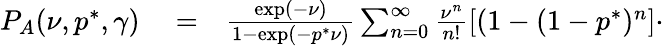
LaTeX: \begin{array}{rlr}{P_{A}(\nu,p^{*},\gamma)}&{{}=}&{\frac{\exp(-\nu)}{1-\exp(-p^{*}\nu)}\sum_{n=0}^{\infty}\frac{\nu^{n}}{n!}\left[(1-(1-p^{*})^{n}\right]\cdot}\end{array}